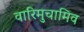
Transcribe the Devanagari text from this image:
वारिमुचामिव